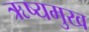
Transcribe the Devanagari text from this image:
ऋष्यमुख